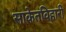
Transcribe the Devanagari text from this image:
साकेतविहारी